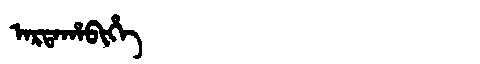
Manchu: ᠠᡵᡨᠠᡥᠠᠪᡳᡥᡝ
Romanization: ARTAHABIHE